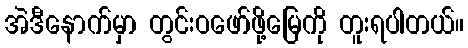
အဲဒီနောက်မှာ တွင်းဝဖော်ဖို့မြေကို တူးရပါတယ်။